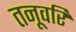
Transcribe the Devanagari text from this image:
तनूवरि